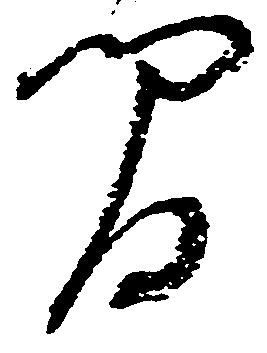
間